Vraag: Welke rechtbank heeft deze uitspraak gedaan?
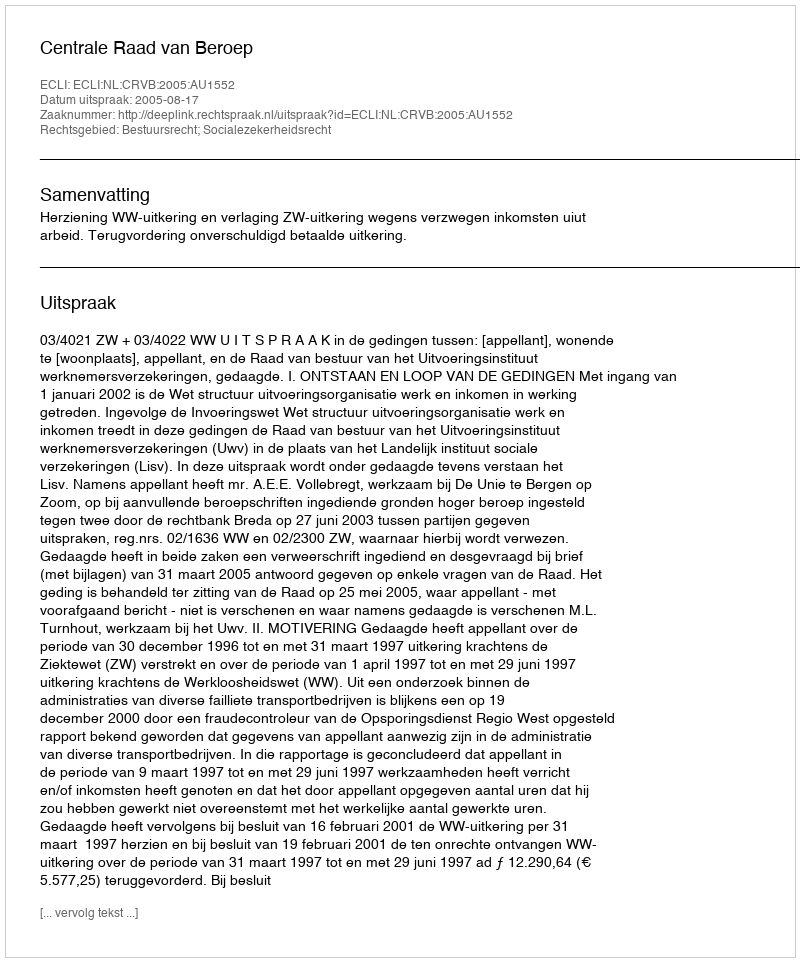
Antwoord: Centrale Raad van Beroep